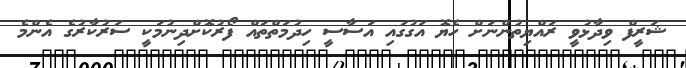
ޝަރީފް ވިދާޅުވީ ރައްޔިތުންނަށް ހެޔޮ އަގުގައި އަސާސީ ހިދުމަތްތައް ފޯރުކޮށްދިނުމަކީ ސަރުކާރުގެ އެންމެ